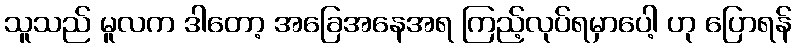
သူသည် မူလက ဒါတော့ အခြေအနေအရ ကြည့်လုပ်ရမှာပေါ့ ဟု ပြောရန်